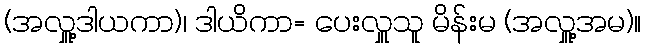
(အလှူ့ဒါယကာ)၊ ဒါယိကာ= ပေးလှူသူ မိန်းမ (အလှူ့အမ)။